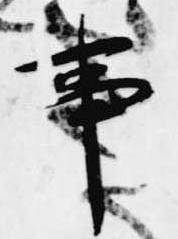
事